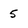
Character: 5